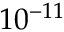
1 0 ^ { - 1 1 }